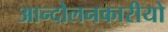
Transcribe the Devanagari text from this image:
आन्दोलनकारीयो